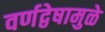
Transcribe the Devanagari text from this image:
वर्णद्वेषामुळे